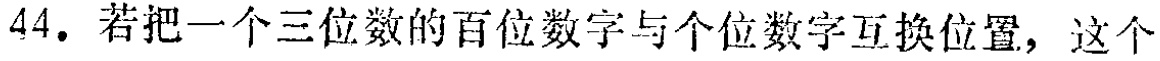
44. 若把一个三位数的百位数字与个位数字互换位置，这个